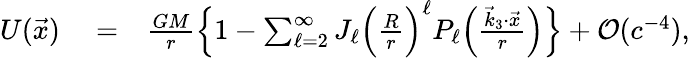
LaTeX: \begin{array}{rlr}{U(\vec{x})}&{{}=}&{\frac{GM}{r}\Big\{ 1-\sum_{\ell=2}^{\infty}J_{\ell}\Big(\frac{R}{r}\Big)^{\ell}P_{\ell}\Big(\frac{{\vec{k}}_{3}\cdot{\vec{x}}}{r}\Big)\Big\} +{\cal O}(c^{-4}),}\end{array}